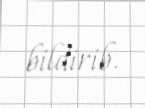
bildirib.